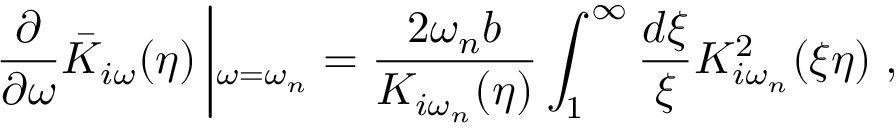
\frac { \partial } { \partial \omega } \bar { K } _ { i \omega } ( \eta ) \left| _ { \omega = \omega _ { n } } = \frac { 2 \omega _ { n } b } { K _ { i \omega _ { n } } ( \eta ) } \int _ { 1 } ^ { \infty } \frac { d \xi } { \xi } K _ { i \omega _ { n } } ^ { 2 } ( \xi \eta ) \right. ,